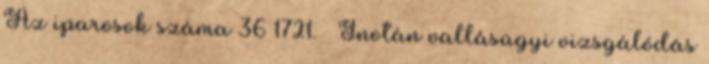
Az iparosok száma 36 1721. – Inotán vallásügyi vizsgálódás